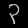
Digit: ၃